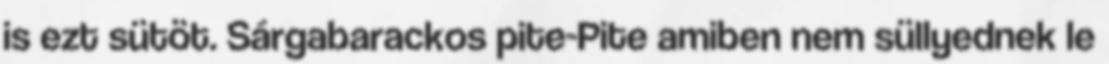
is ezt sütöt. Sárgabarackos pite-Pite amiben nem süllyednek le